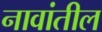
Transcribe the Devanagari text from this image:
नावांतील